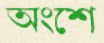
অংশে